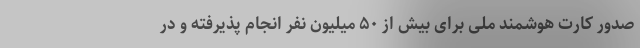
صدور کارت هوشمند ملی برای بیش از ۵۰ میلیون نفر انجام پذیرفته و در